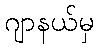
ဂျာနယ်မှ